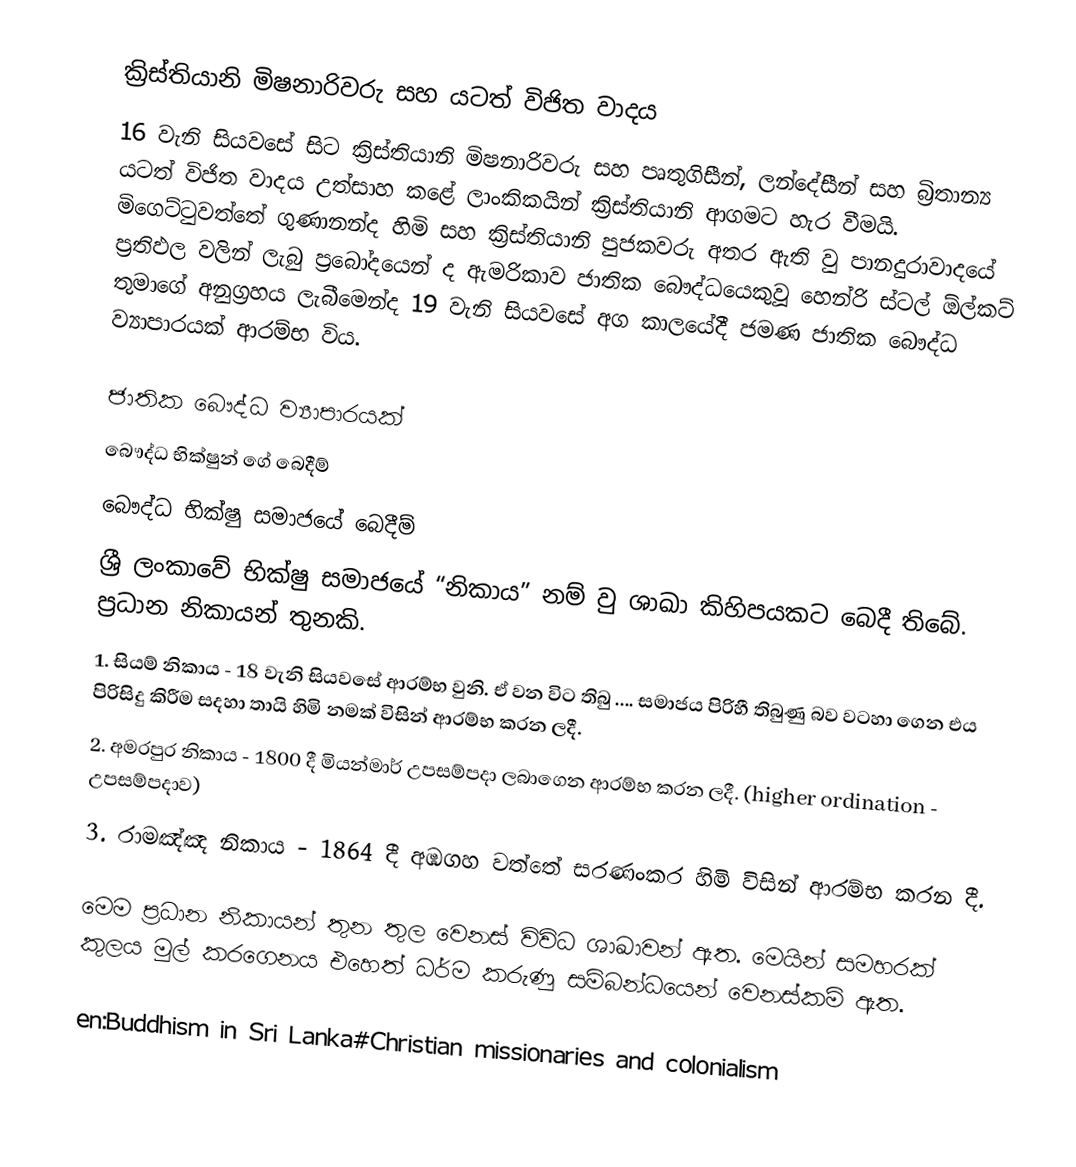
ක්‍රිස්තියානි මිෂනාරිවරු සහ යටත් විජිත වාදය
16 වැනි සියවසේ සිට ක්‍රිස්තියානි මිෂනාරිවරු සහ පෘතුගිසීන්, ලන්දේසීන් සහ බ්‍රිතාන්‍ය යටත් විජිත වාදය උත්සාහ කළේ ලාංකිකයින් ක්‍රිස්තියානි ආගමට හැර වීමයි. මිගෙට්ටුවත්තේ ගුණානන්ද හිමි සහ ක්‍රිස්තියානි පුජකවරු  අතර ඇති වු පානදුරාවාදයේ ප්‍රතිඵල වලින් ලැබු ප්‍රබෝදයෙන් ද ඇමරිකාව ජාතික බෞද්ධයෙකුවූ හෙන්රි ස්ටල් ඕල්කට් තුමාගේ අනුග්‍රහය ලැබීමෙන්ද 19 වැනි සියවසේ අග කාලයේදී ජමණ ජාතික බෞද්ධ ව්‍යාපාරයක් ආරම්භ විය.

ජාතික බෞද්ධ ව්‍යාපාරයක්
බෞද්ධ භික්ෂුන් ගේ බෙදීම්
බෞද්ධ භික්ෂු සමාජයේ බෙදීම්
ශ්‍රී ලංකාවේ භික්ෂු සමාජයේ “නිකාය” නම් වු ශාඛා කිහිපයකට බෙදී තිබේ. ප්‍රධාන නිකායන් තුනකි.
1.	සියම් නිකාය - 18 වැනි සියවසේ ආරම්භ වුනි. ඒ වන විට තිබු .... සමාජය පිරිහී තිබුණු බව වටහා ගෙන එය පිරිසිදු කිරීම සදහා තායි හිමි නමක් විසින් ආරම්භ කරන ලදී.
2.	අමරපුර නිකාය - 1800 දී මියන්මාර්  උපසම්පදා ලබාගෙන ආරම්භ කරන ලදී.  (higher ordination - උපසම්පදාව)
3.	රාමඤ්ඤ නිකාය - 1864 දී අඹගහ වත්තේ සරණංකර හිමි විසින් ආරම්භ කරන දී.

මෙම ප්‍රධාන නිකායන් තුන තුල වෙනස් විවිධ ශාඛාවන් ඇත. මෙයින් සමහරක් කුලය මුල් කරගෙනය එහෙත් ධර්ම කරුණු සම්බන්ධයෙන් වෙනස්කම් ඇත.

en:Buddhism in Sri Lanka#Christian missionaries and colonialism